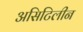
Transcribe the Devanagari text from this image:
असिटिलीन